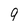
Character: 9